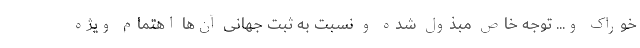
خوراک و... توجه خاص مبذول شده و نسبت به ثبت جهانی آن‌ها اهتمام ویژه